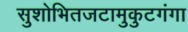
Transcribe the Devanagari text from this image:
सुशोभितजटामुकुटगंगा